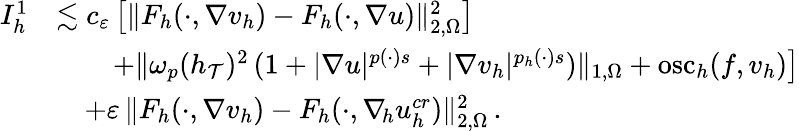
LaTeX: \begin{array}{r}{\begin{array}{rl}{I_{h}^{1}}&{\lesssim c_{\varepsilon}\, \big[\| F_{h}(\cdot,\nabla v_{h})-F_{h}(\cdot,\nabla u)\| _{2,\Omega}^{2}\big]}\\ &{\quad\quad+\| \omega_{p}(h_{\mathcal{T}})^{2}\, (1+\vert\nabla u\vert^{p(\cdot)s}+\vert\nabla v_{h}\vert^{p_{h}(\cdot)s})\| _{1,\Omega}+\mathrm{osc}_{h}(f,v_{h})\big]}\\ &{\quad+\varepsilon\, \| F_{h}(\cdot,\nabla v_{h})-F_{h}(\cdot,\nabla_{\! h}u_{h}^{\textit{cr}})\| _{2,\Omega}^{2}\, .}\end{array}}\end{array}